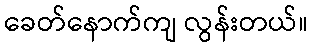
ခေတ်နောက်ကျ လွန်းတယ်။